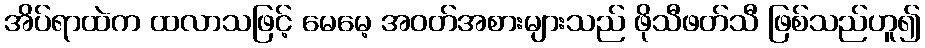
အိပ်ရာထဲက ထလာသဖြင့် မေမေ့ အဝတ်အစားများသည် ဖိုသီဖတ်သီ ဖြစ်သည်ဟူ၍